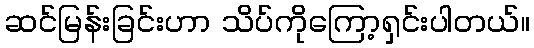
ဆင်မြန်းခြင်းဟာ သိပ်ကိုကြော့ရှင်းပါတယ်။